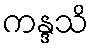
ကန္ဒသိ